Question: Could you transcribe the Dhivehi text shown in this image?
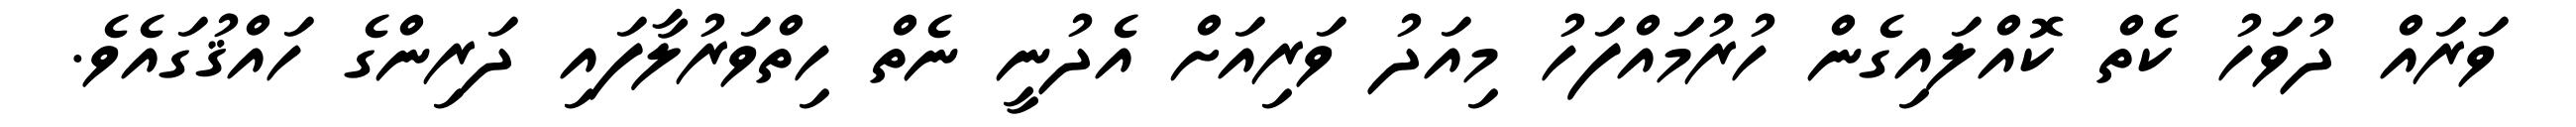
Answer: ވަރައް ދުވަހު ކެތް ކޮއްލައިގެން ހުރުމައްފަހު މިއަދު ވަރިއަށް އެދުނީ ނެތް ހިތްވަރުލާފައި ދަރިންގެ ހައްޤުގައެވެ.